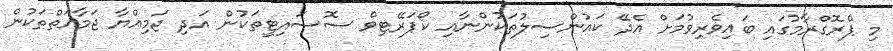
މި ޕްރޮގްރާމުގައި ބައިވެރިވުމަށް އެދޭ ކައުންސިލުތަކުންނާއި ކޯޕަރޭޓިވް ސޮސައިޓީތަކުން އަދި ޖަމިއްޔާ ޖަމާއަތްތަކުން